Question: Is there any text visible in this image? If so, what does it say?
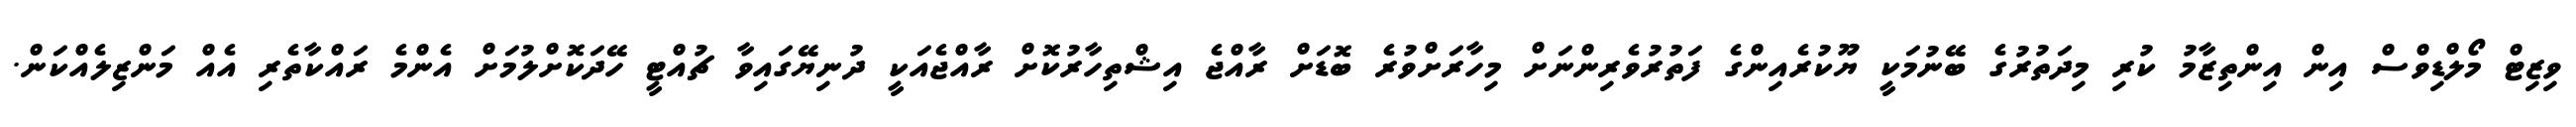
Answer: ވިޒިޓް މޯލްޑިވްސް އިން އިންތިޒާމު ކުރި މިދަތުރުގެ ބޭނުމަކީ ޔޫކުރެއިންގެ ފަތުރުވެރިންނަށް މިހާރަށްވުރެ ބޮޑަށް ރާއްޖެ އިޝްތިހާރުކޮށް ރާއްޖެއަކީ ދުނިޔޭގައިވާ ޗުއްޓީ ހޭދަކޮށްލުމަށް އެންމެ ރައްކާތެރި އެއް މަންޒިލެއްކަން.